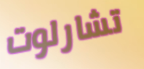
تشارلوت